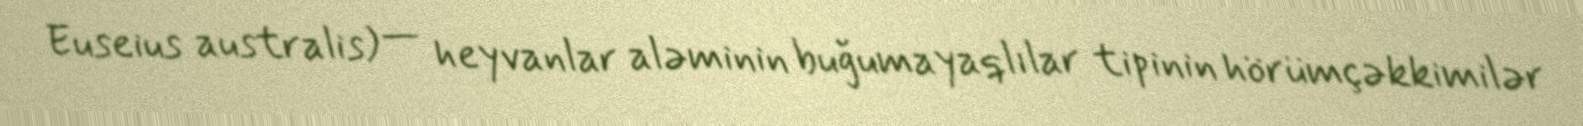
Euseius australis) — heyvanlar aləminin buğumayaqlılar tipinin hörümçəkkimilər